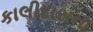
કાલીદાસના